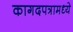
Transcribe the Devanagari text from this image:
कागदपत्रामध्ये